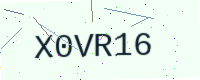
Text: X0VR16